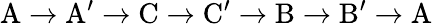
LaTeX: \mathrm{A\to A^{\prime}\to C\to C^{\prime}\to B\to B^{\prime}\to A}